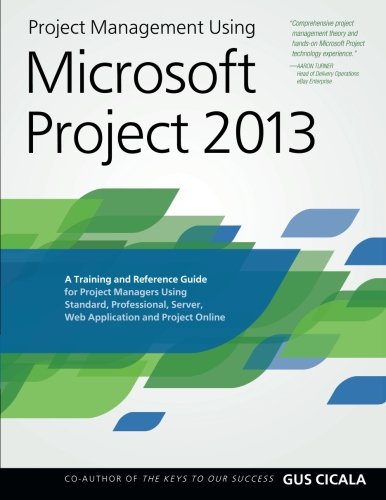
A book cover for Project Management Using Microsoft Project 2013: A Training and Reference Guide for Project Managers Using Standard, Professional, Server, Web Application and Project Online; Gus Cicala; Computers & Technology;